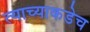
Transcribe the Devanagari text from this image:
त्याच्याकडेच